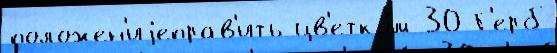
положен'иjеправ'ить цв'етко́м 30 Г'ерб